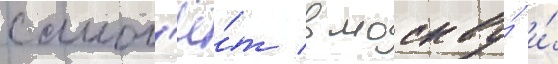
самол'ё́т в москву́ и́